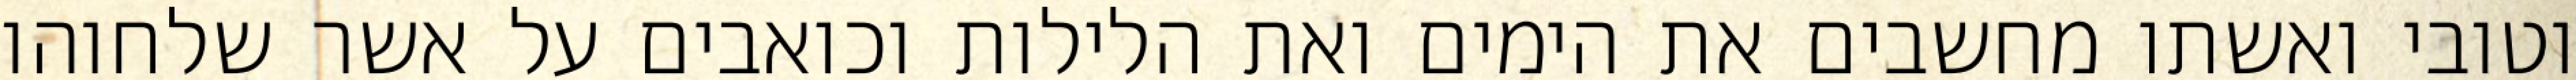
וטובי ואשתו מחשבים את הימים ואת הלילות וכואבים על אשר שלחוהו